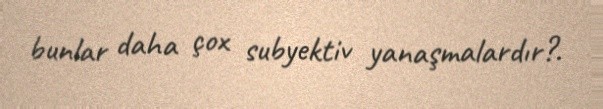
bunlar daha çox subyektiv yanaşmalardır?.